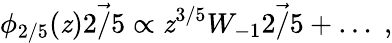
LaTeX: \phi_{2/5}(\mathit{z})\vec{{2/5}}\propto\mathit{z}^{3/5}W_{-1}\vec{{2/5}}+\ldots\; ,